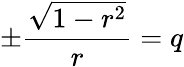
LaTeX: \pm\frac{\sqrt{1-r^{2}}}{r}=q